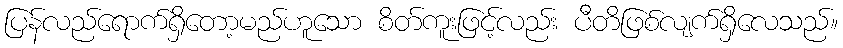
ပြန်လည်ရောက်ရှိတော့မည်ဟူသော စိတ်ကူးဖြင့်လည်း ပီတိဖြစ်လျက်ရှိလေသည်။